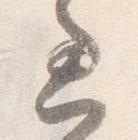
過